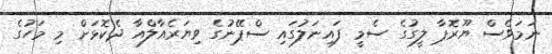
ނަމަވެސް ޔޫރޮޕާ ލީގުގެ ސެމީ ފައިނަލުގައި ސްޕޭނުގެ ވިޔަރެއާލްއާ ދެކޮޅަށް މި މަހުގެ